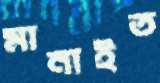
মানাইত